Vital statistics of India. Vol. IV, Annual returns from 1871 to 1876. British Army of India, Native Army and jails of Bengal
Year: 1871
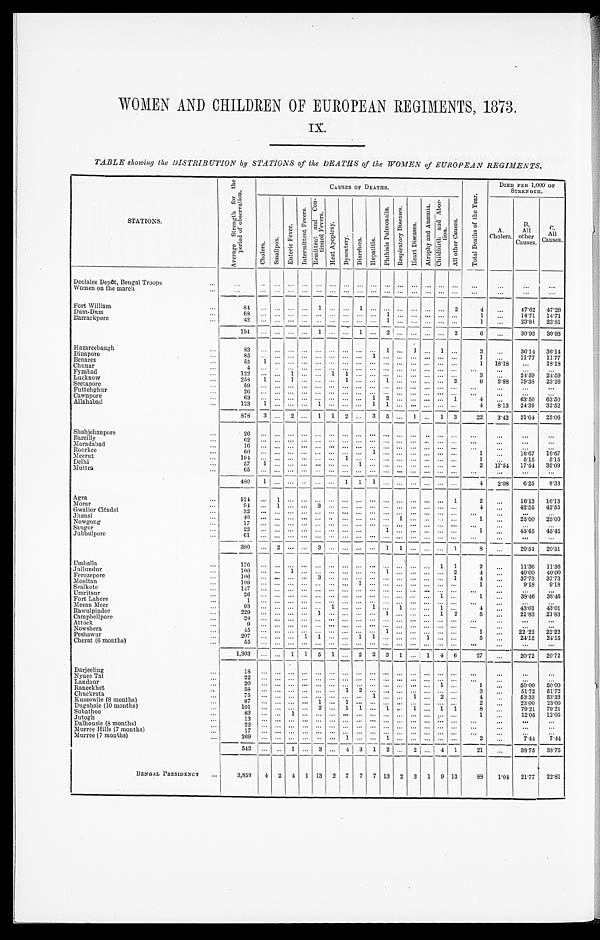
WOMEN AND CHILDREN OF EUROPEAN REGIMENTS, 1873.
IX.
TABLE showing the DISTRIBUTION by STATIONS of the DEATHS of the WOMEN of EUROPEAN REGIMENTS.
STATIONS.
A v e r a g e S t r e n g t h f o r t h e p e r i o d o f o b s e r v a t i o n .
CAUSES OF DEATHS.
T o t a l D e a t h s o f t h e y e a r .
DIED PER 1,000 OF
STRENGTH.
C h o l e r a .
S m a l l p o x .
En t e r i c Fe v e r .
I n t e r m i t t e n t F e v e r s . R e m i t t e n t a n d C o n - t i n u e d F e v e r s .
H e a t A p o p l e x y .
D y s e n t e r y . Di arrhœa.
H e p a t i t i s .
P h t h i s i s P u l m o n a l i s .
R e s p i r a t o r y Di s e a s e s .
H e a r t D i s e a s e s .
A t r o p h y a n d A n æ m i a . C h i l d b i r t h a n d A b o r - t i o n .
A l l o t h e r C a u s e s .
A.
Cholera.
B.
All
other
C a u s e s .
C.
All
Causes.
D e o l a l e e D e p ô t , B e n g a l T r o o p s . . .
. . .
. . .
. . . ...
. . .
. . .
. . .
. . . ...
. . .
. . . ...
. . .
. . .
. . .
. . .
. . .
. . .
. . .
. . .
W o m e n o n t h e m a r c h . . .
. . .
. . .
. . . ...
. . .
. . .
. . .
. . . ...
. . .
. . . ...
. . .
. . .
. . .
. . .
. . .
. . .
. . .
. . .
Fort William ...
84
. . .
. . . ...
. . .
1
. . .
. . .
1
. . .
. . ....
. . .
. . .
. . .
2
4
. . . 47.62
47.26
Dum-Dum ...
68
. . .
. . . ...
. . .
. . .
. . .
. . . ...
. . .
1 ...
. . .
. . .
. . .
. . .
1
. . .
14.71
14.71
Barrackpore ...
42
. . .
. . ....
. . .
. . .
. . .
. . ....
. . .
1 ...
. . .
. . .
. . .
. . .
1
. . . 23.81
23.81
194
. . .
. . ....
. . .
1
. . .
. . .
1
. . .
2 ...
. . .
. . .
. . .
2
6
...
30.93
30.93
Hazareebaugh ...
83
. . .
. . . ...
. . .
. . .
. . .
. . .
...
. . .
1 ...
1
. . .
1
. . .
3
...
36.14
36.14
Dinapore
...
85
. . .
. . . ...
. . .
. . .
. . .
. . . ...
1
. . . ...
. . .
. . .
. . .
. . .
1
...
11.77
11.77
Benares
...
55
1
. . . ...
. . .
. . .
. . .
. . . ...
. . .
. . . ...
. . .
. . .
. . .
. . .
1
18.18
. . .
18.18
Chunar
...
4
. . .
. . ....
. . .
. . .
. . .
. . . ...
. . .
. . . ...
. . .
. . .
. . .
. . .
. . .
. . .
. . .
. . .
Fyzabad
...
122
. . .
. . .1
. . .
. . .
1
1 ...
. . .
. . . ...
. . .
. . .
. . .
. . .
3
...
24.59
24.59
Lucknow
...
258
1
. . . 1
. . .
. . .
. . . 1 ...
. . . 1 ...
. . .
. . .
. . . 2
6
3.88
19.38
23.26
Seetapore ...
59
. . .
. . .
. . .
. . .
. . .
. . .
. . . ...
. . .
. . . ...
. . .
. . .
. . .
. . .
. . .
. . .
. . .
. . .
Futtehghur ...
26
. . .
. . .
. . .
. . .
. . .
. . .
. . . ...
. . .
. . . ...
. . .
. . .
. . .
. . .
. . .
. . .
. . .
...
Cawupore ...
63
. . .
. . .
. . .
. . .
. . .
. . .
. . ....
1
2 ...
. . .
. . .
. . .
1
4
. . . 63.50
63.50
Allahabad ...
123
1
. . . ...
. . . 1
. . .
. . ....
1
1 ...
. . .
. . .
. . .
. . .
4
8.13
24.39
32.52
878
3
. . .
2
. . .
1
1
2 ...
3
5
...
1
. . . 1
3
22
3.42
21.64
25.06
Shahjehanpore ...
26
. . .
. . .
. . .
. . .
. . .
. . .
. . . ...
. . .
. . .
...
. . .
. . .
. . .
. . .
. . .
. . .
. . .
. . .
Bareilly
...
6 2
. . .
. . .
. . .
. . .
. . .
. . .
. . ....
. . .
. . . ...
. . .
. . .
. . .
. . .
. . .
. . .
. . .
. . .
Moradabad ...
16
. . .
. . .
. . .
. . .
. . .
. . .
. . ....
. . .
. . ....
. . .
. . .
. . .
. . .
. . .
. . .
. . .
. . .
Roorkee
...
6 0
. . .
. . .
. . .
. . .
. . .
. . .
. . . ...
1
. . ....
. . .
. . .
. . .
. . .
1
...
16.67
16.67
Meerut ...
194
. . .
. . .
. . .
. . .
. . .
. . .
1 ...
. . .
. . ....
. . .
. . .
. . .
. . .
1
...
5.15
5.15
Delhi ...
5 7
1
. . .
. . .
. . .
. . .
. . .
. . .1
. . .
. . . ...
. . .
. . .
. . .
. . .
2
17.54
17.54
35.09
Muttra
...
65
. . .
. . .
. . .
. . .
. . .
. . .
. . . ...
. . .
. . .
...
. . .
. . .
. . .
. . .
. . .
. . .
. . .
. . .
480
1
. . .
. . .
. . .
. . .
. . .
1 1
1
. . . ...
. . .
. . .
. . .
. . .
4
2 .08
6.25
8.33
Agra
...
1 2 4
. . .
1
. . .
. . .
. . .
. . .
. . ....
. . .
. . . ...
. . .
. . .
. . .
1
2 ...
16.13
16.13
Morar ...
94
. . . 1
. . .
. . . 3
. . .
. . ....
. . .
. . . ...
. . .
. . .
. . .
. . .
4 ...
42.55
42.55
Gwalior Citadel ...
32
. . .
. . .
. . .
. . .
. . .
. . .
. . ....
. . .
. . .
...
. . .
. . .
. . .
. . .
. . .
. . .
. . .
. . .
Jhansi
...
40
. . .
. . .
. . .
. . .
. . .
. . .
. . . ...
. . .
. . .
1
. . .
. . .
. . .
. . .
1 ...
25.00
25.00
Nowgong ...
17
. . .
. . .
. . .
. . .
. . .
. . .
. . . ...
. . .
. . .
...
. . .
. . .
. . .
. . .
. . .
...
. . .
. . .
Saugor ...
2 2
. . .
. . .
. . .
. . .
. . .
. . .
. . ....
. . .
1 ...
. . .
. . .
. . .
. . .
1 ...
45.45
45.45
Jubbulpore ...
61
. . .
. . .
. . .
. . .
. . .
. . .
. . .
...
. . .
. . .
...
. . .
. . .
. . .
. . .
. . . ...
...
. . .
390
. . .
2
. . .
. . . 3
. . .
. . .
. . .
. . . 1
1
. . .
. . .
. . .
1
8
...
20.51
20.51
Umballa
...
176
. . .
. . .
. . .
. . .
. . .
. . .
. . .
. . .
. . .
. . .
. . .
. . .
. . .
1
1
2
. . .
11.36
11.36
Jullundur ...
100
. . .
. . .
1
. . .
. . .
. . .
. . .
. . .
. . . 1
. . .
. . .
. . .
. . . 2
4
. . .
40.00
40.00
Ferozepore ...
106
. . .
. . .
. . .
. . .
3
. . .
. . .
. . .
. . .
. . .
. . .
. . .
. . .
. . .
1
4
. . .
37.73
37.73
Mooltan ...
1 0 9
. . .
. . .
. . .
. . .
. . .
. . .
. . .
1
. . .
. . .
. . .
. . .
. . .
. . .
. . .
1
. . .
9.18
9.18
Sealkote
...
147
. . .
. . .
. . .
. . .
. . .
. . .
. . .
. . .
. . .
. . .
. . .
. . .
. . .
. . .
. . .
. . .
. . .
. . .
. . .
Umritsur
...
26
. . .
. . .
. . .
. . .
. . .
. . .
. . .
. . .
. . .
. . .
. . .
. . .
. . .
1
. . .
1
. . .
38.46
38.46
Fort Lahore ...
1
. . .
. . .
. . .
. . .
. . .
. . .
. . .
. . .
. . .
. . .
. . .
. . .
. . .
. . .
. . .
. . .
. . .
...
. . .
Meean Meer ...
93
. . .
. . .
. . .
. . .
. . .
1
. . .
. . .
1
. . .
1
. . .
. . .
. . .
. . .
4
. . .
43.01
43.01
Rawulpindee ...
229
. . .
. . .
. . .
. . .
1
. . .
. . .
. . .
. . .
1
. . .
. . .
. . .
1
2
5
. . .
21.83
21.83
Campbellpore ...
28
. . .
. . .
. . .
. . .
. . .
. . .
. . .
. . .
. . .
. . .
. . .
. . .
. . .
. . .
. . .
. . .
. . .
. . .
. . .
Attock
...
9
. . .
. . .
. . .
. . .
. . .
. . .
. . .
. . .
. . .
. . .
. . .
. . .
. . .
. . .
. . .
. . .
. . .
. . .
. . .
Nowshera ...
45
. . .
. . .
. . .
. . .
. . .
. . .
. . .
. . .
. . .
1
. . .
. . .
. . .
. . .
. . .
1
. . .
22 .22
22.22
Peshawur ...
207
. . .
. . .
. . .
1
1
. . .
. . .
1
1
. . .
. . .
. . .
1
. . .
. . .
5
. . .
24.15
24.15
Cherat (6 months) ...
55
. . .
. . .
. . .
. . .
. . .
. . .
. . .
. . .
. . .
. . .
. . .
. . .
. . .
. . .
. . .
. . .
. . .
...
. . .
1,303
. . .
. . .
1
1
5
1
. . .
2
2
3
1
. . .
. . .
4 6
27 ...
20.72
20.72
Darjeeling
. . .
18
...
...
. . . ...
. . .
...
. . .
. . .
. . .
. . .
. . .
. . .
. . .
. . .
. . .
. . .
. . .
. . .
. . .
Nynee Tal
22
...
...
. . ....
. . . ...
. . .
. . .
. . .
. . .
. . .
. . .
. . .
. . .
. . .
. . .
...
. . .
. . .
Landour ...
20
...
...
. . . ...
. . .
...
. . .
. . .
. . .
. . .
. . .
. . .
. . .
1
. . .
1
. . .
50.00
50.00
Raneekhet ...
58
...
...
. . . ...
. . . ...
1
2
. . .
. . .
. . .
. . .
. . .
. . .
. . .
3
...
51.72
51.72
Chuckrata ...
75 ...
...
. . ....
. . ....
. . .
. . .
1
. . .
. . .
1
. . .
2
. . .
4
...
53.33
53.33
Kussowlie (8 months) ...
87
...
...
. . . ...
1 ...
1
. . .
. . .
. . .
. . .
. . .
. . .
. . .
. . .
2
...
23.00
23.00
Dugshaie (10 months) ...
101
...
...
. . . ...
2
...
1
1
. . .
1
. . .
1
. . .
1
1
8
...
79.21
79.21
Subathoo
...
83
...
...
1 ...
. . ....
. . .
. . .
. . .
. . .
. . .
. . .
. . .
. . .
. . .
1
...
12.05
12.05
Jutogh
...
13
...
...
. . . ...
. . .
...
. . .
. . .
. . .
. . .
. . .
. . .
. . .
. . .
. . .
. . .
. . .
. . .
. . .
Dalhousie (8 months) ...
22
...
...
. . .
. . .
. . . ...
. . .
. . .
. . .
. . .
. . .
. . .
. . .
. . .
. . .
. . .
. . .
...
...
Murree Hills (7 months) ...
17 ...
...
. . . ...
. . .
...
. . .
. . .
. . .
. . .
. . .
. . .
. . .
. . .
. . .
. . .
. . .
. . .
. . .
Murree (7 mouths) ...
269
...
...
. . . ...
. . ....
1
. . .
. . .
1
. . .
. . .
. . .
. . .
. . .
2
. . .
7.44
7.44
5 4 2
...
...
1 ...
3
...
4
3
1
2
. . .
2
. . .
4
1
21
. . .
38.75
38.75
BENGAL PRESIDENCY
. . .
3,858
4
2
4
1
13
2
7
7
7
13
2
3
1
9
13
88
1.04
21.77
22.81